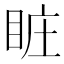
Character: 𥅾